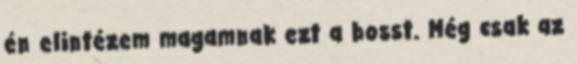
én elintézem magamnak ezt a bosst. Még csak az